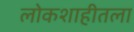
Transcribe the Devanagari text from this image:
लोकशाहीतला